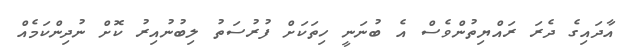
އާދައިގެ ދެރަ ރައްޔިތުންވެސް އެ ބުނަނީ ހިތަކަށް ފުރުސަތު ލިބުނުއިރު ކޮށް ނުދިންކަމެއް